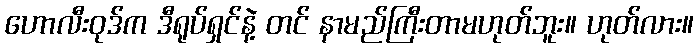
ဟောလီးဝုဒ်က ဒီရုပ်ရှင်နဲ့ တင် နာမည်ကြီးတာမဟုတ်ဘူး။ ဟုတ်လား။